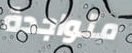
متواجدة